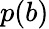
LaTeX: p(b)